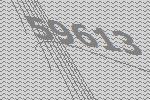
59613